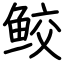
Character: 鲛